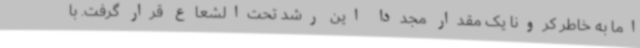
اما به خاطر کرونا یک مقدار مجددا این رشد تحت‌الشعاع قرار گرفت. با